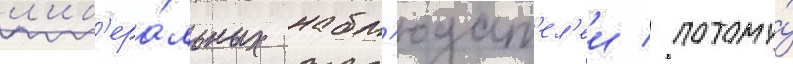
л'иб'ера́льных набл'юдат'ел'еи / потому́